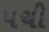
પચી